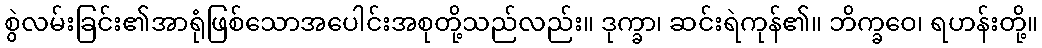
စွဲလမ်းခြင်း၏အာရုံဖြစ်သောအပေါင်းအစုတို့သည်လည်း။ ဒုက္ခာ၊ ဆင်းရဲကုန်၏။ ဘိက္ခဝေ၊ ရဟန်းတို့။